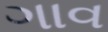
ગાવ